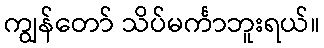
ကျွန်တော် သိပ်မင်္ကာဘူးရယ်။